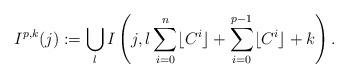
LaTeX: \begin{align*}I^{p,k}(j) := \bigcup_{l} I\left(j, l\sum_{i=0}^n \lfloor C^{i} \rfloor + \sum_{i=0}^{p-1} \lfloor C^{i} \rfloor + k \right).\end{align*}